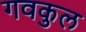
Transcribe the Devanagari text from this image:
गवकुल